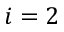
i = 2